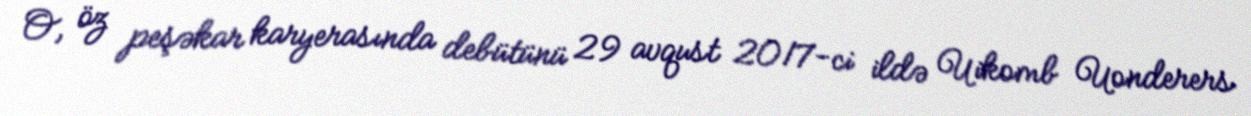
O, öz peşəkar karyerasında debütünü 29 avqust 2017-ci ildə Uikomb Uonderers